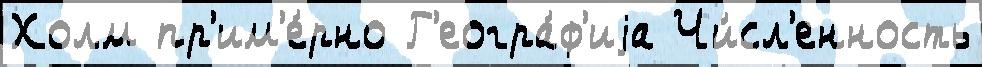
Холм пр'им'е́рно Г'еогра́ф'иjа Чи́сл'енность